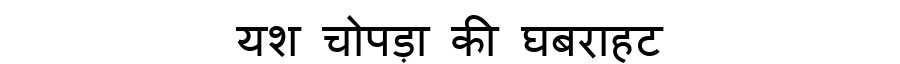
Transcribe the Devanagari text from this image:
यश चोपड़ा की घबराहट